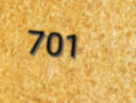
701